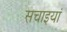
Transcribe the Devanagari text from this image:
सचाइयां